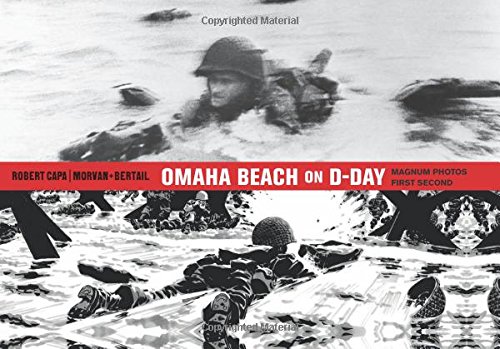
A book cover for Omaha Beach on D-Day: June 6, 1944 with One of the World's Iconic Photographers; Jean-David Morvan; Comics & Graphic Novels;